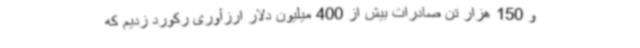
و 150 هزار تن صادرات بیش از 400 میلیون دلار ارزآوری رکورد زدیم که